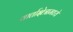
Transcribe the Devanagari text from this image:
वार्ताक्षेत्रामध्ये